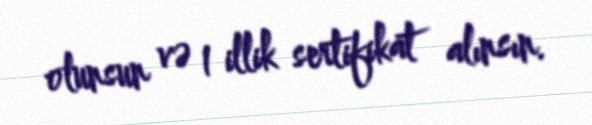
olunsun və 1 illik sertifikat alınsın.